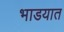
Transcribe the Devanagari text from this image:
भाडयात